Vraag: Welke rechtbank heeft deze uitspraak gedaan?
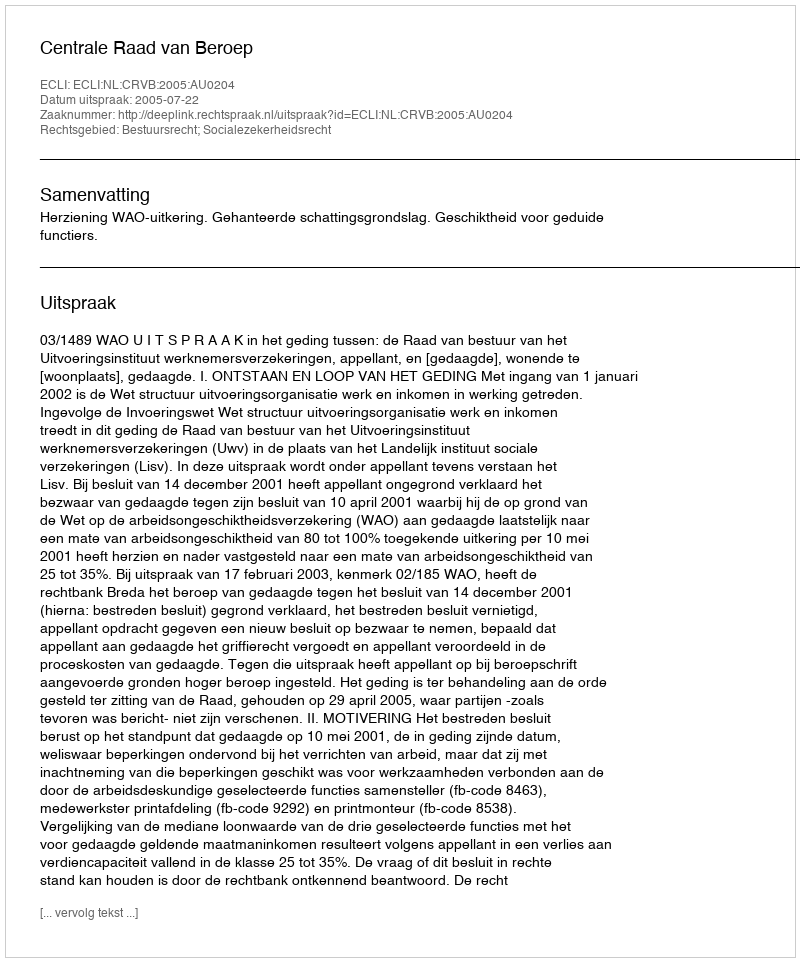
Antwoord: Centrale Raad van Beroep